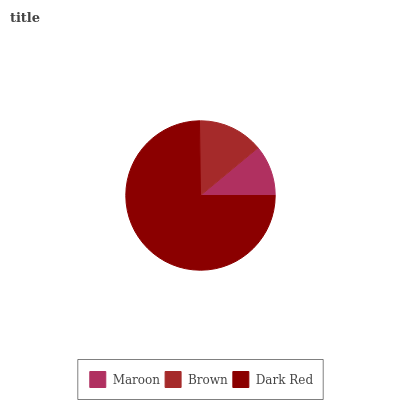
| Maroon | Brown | Dark Red |
 | --- | --- | --- |
 | 11% | 14.2% | 74.8% |